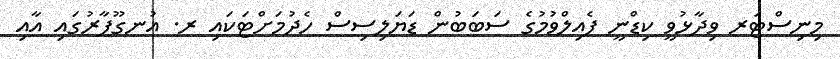
މިނިސްޓަރ ވިދާޅުވީ ކިޑްނީ ފެއިލްވުމުގެ ސަބަބުން ޑަޔަލިސިސް ހެދުމަށްޓަކައި ރ. އުނގޫފާރުގައި އާއި